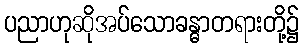
ပညာဟုဆိုအပ်သောခန္ဓာတရားတို့၌